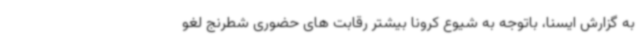
به گزارش ایسنا، باتوجه به شیوع کرونا بیشتر رقابت های حضوری شطرنج لغو